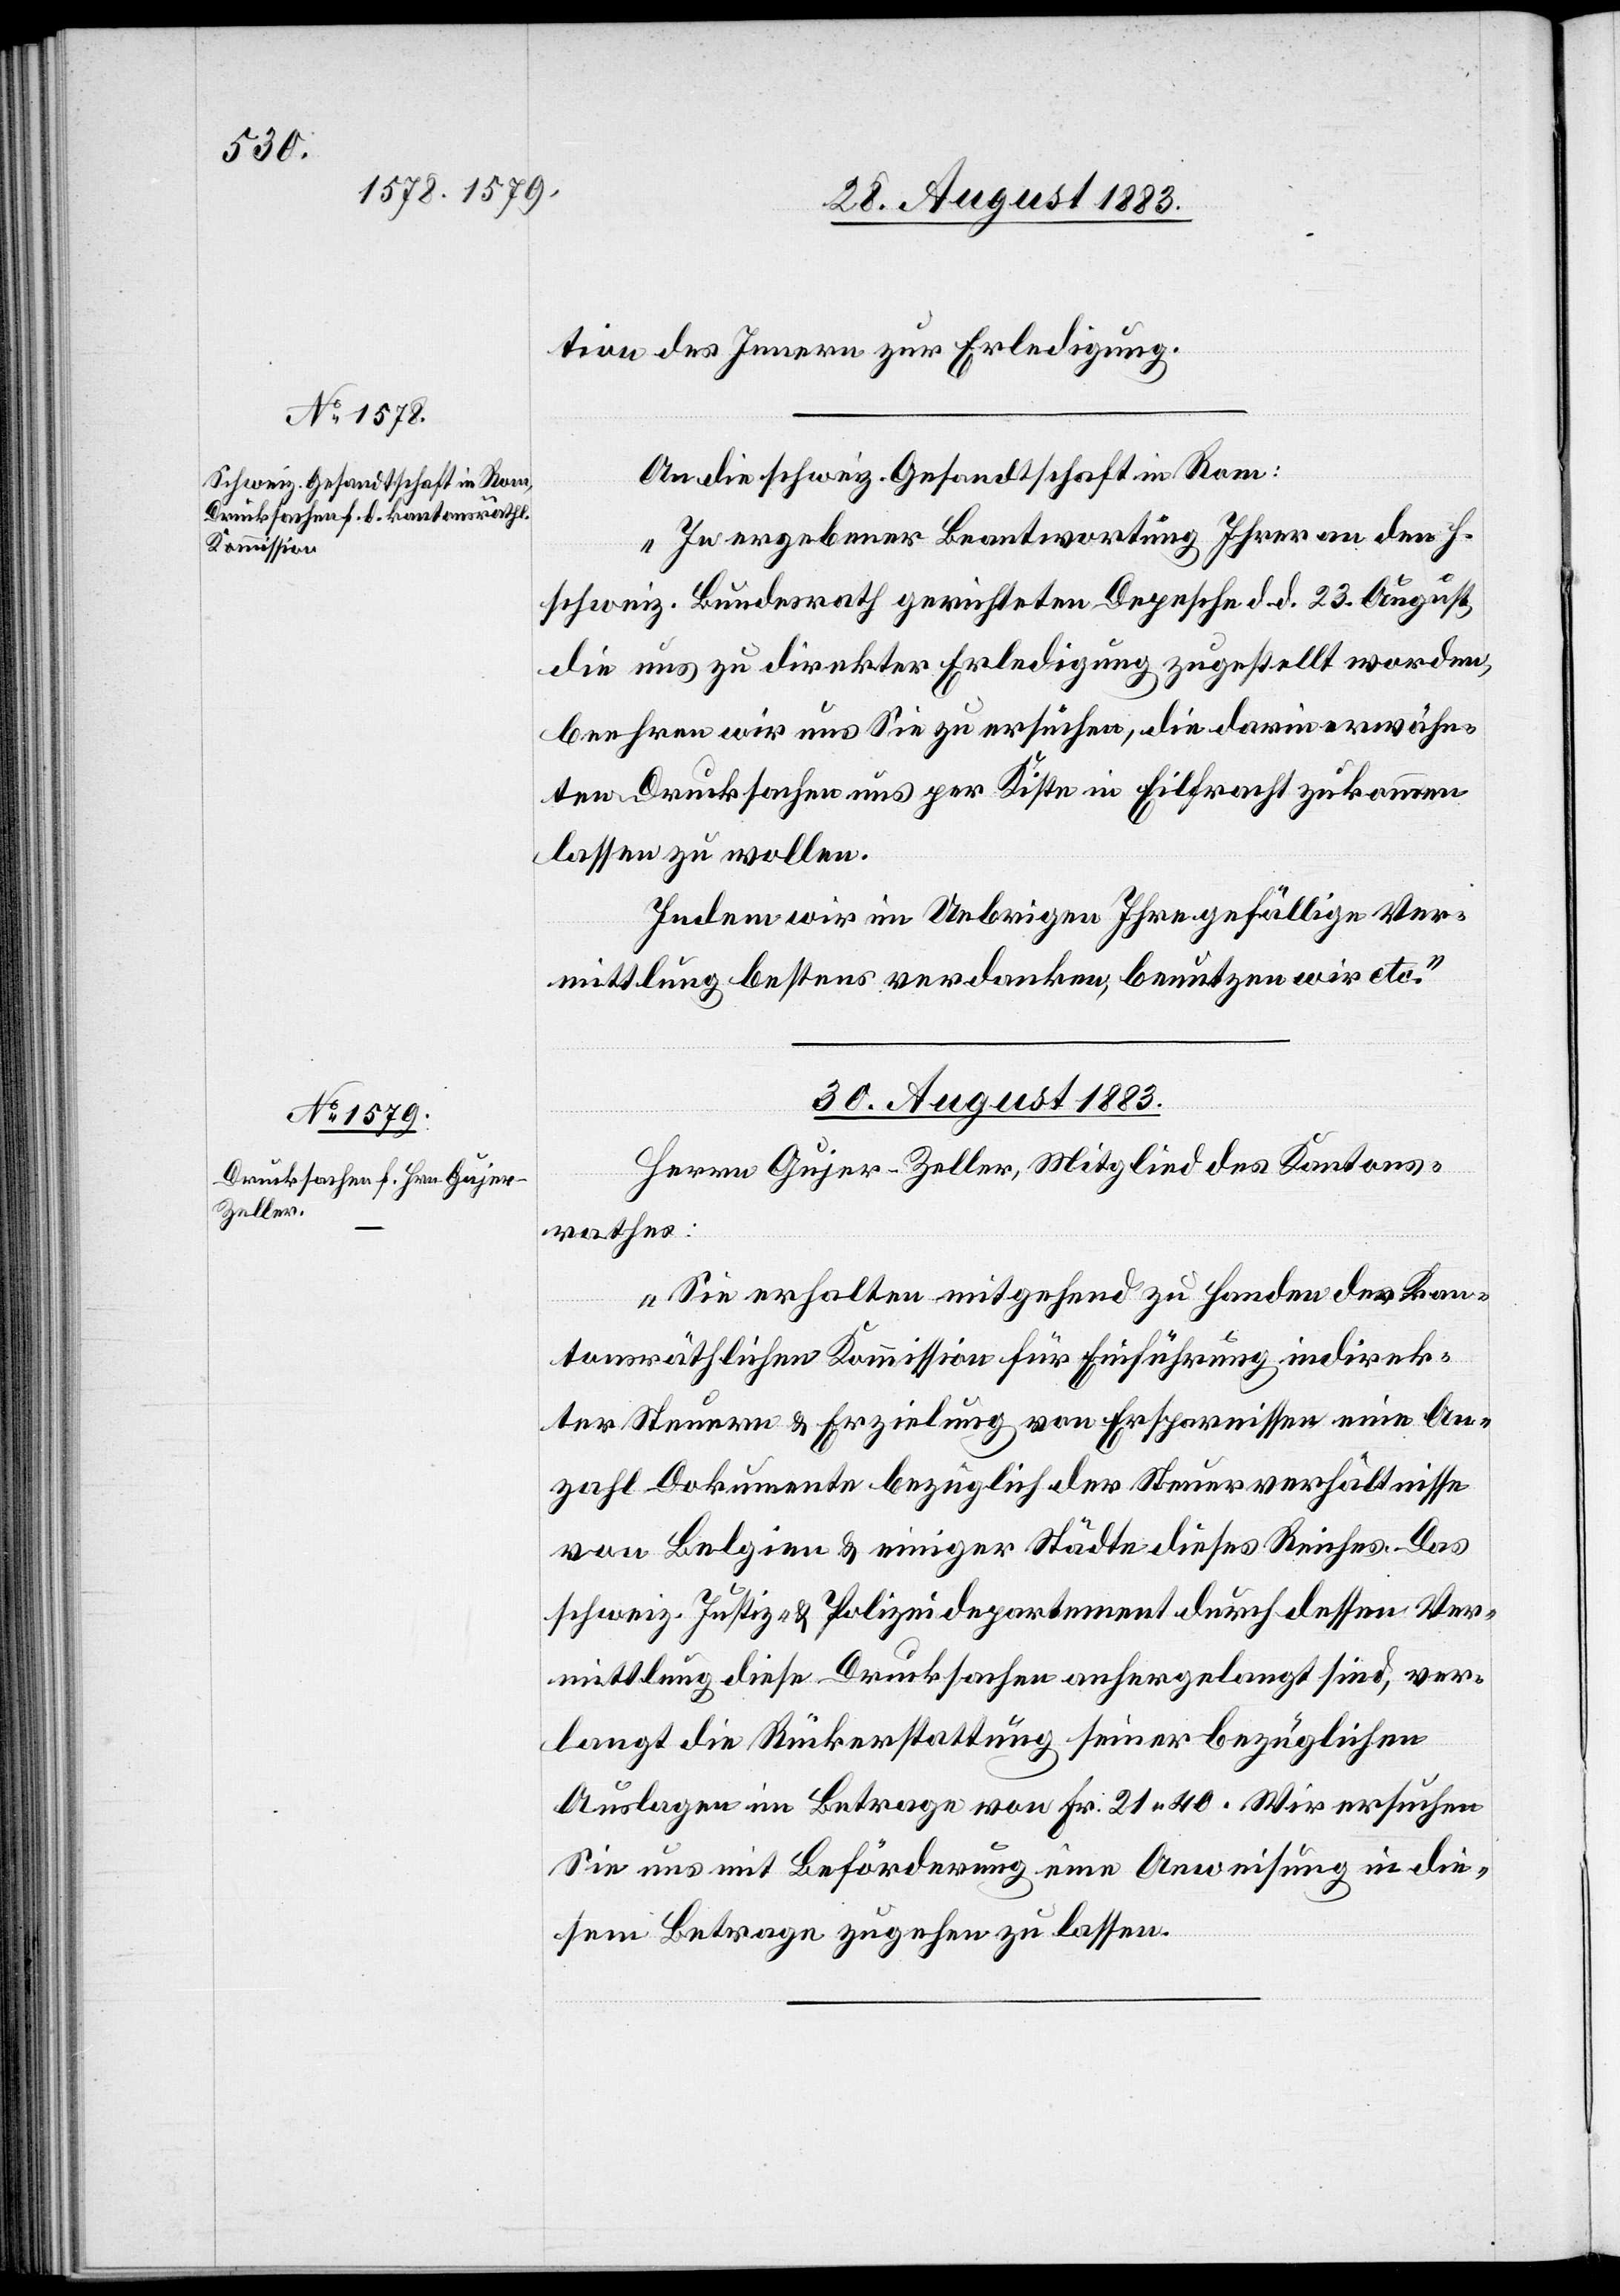
29. August 1883.]
tion des Innern zur Erledigung.
An die schweiz. Gesandtschaft in Rom:
„In ergebener Beantwortung Ihrer an den h.
schweiz. Bundesrath gerichteten Depesche d. d. 23. August,
die uns zu direkter Erledigung zugestellt worden,
beehren wir uns Sie zu ersuchen, die darin erwähn¬
ten Drucksachen uns per Kiste in Eilfracht zukommen
lassen zu wollen.
Indem wir im Uebrigen Ihre gefällige Ver¬
mittlung bestens verdanken, benutzen wir etc.“
30. August 1883.
Herrn Gujer-Zeller, Mitglied des Kantons¬
rathes:
„Sie erhalten mitgehend zu Handen der Kan¬
tonsräthlichen [sic!] Kommission für Einführung indirek¬
ter Steuern & Erzielung von Ersparnissen eine An¬
zahl Dokumente bezüglich der Steuerverhältnisse
von Belgien & einiger Städte dieses Reiches. Das
schweiz. Justiz- & Polizeidepartement[,] durch dessen Ver¬
mittlung diese Drucksachen anhergelangt sind, ver¬
langt die Rückerstattung seiner bezüglichen
Auslagen im Betrage von Fr. 21 40. Wir ersuchen
Sie uns mit Beförderung eine Anweisung in die¬
sem Betrage zugehen zu lassen.